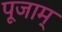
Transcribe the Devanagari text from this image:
पूजाम्